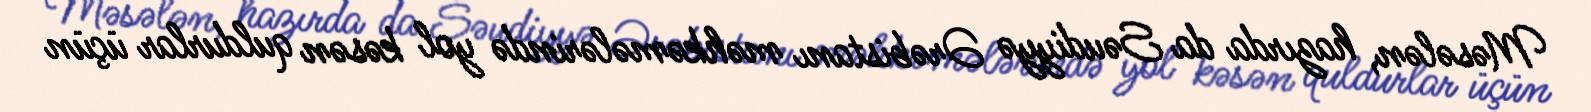
Məsələn, hazırda da Səudiyyə Ərəbistanı məhkəmələrində yol kəsən quldurlar üçün